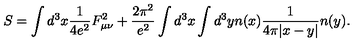
S = \int d ^ { 3 } x \frac { 1 } { 4 e ^ { 2 } } F _ { \mu \nu } ^ { 2 } + \frac { 2 \pi ^ { 2 } } { e ^ { 2 } } \int d ^ { 3 } x \int d ^ { 3 } y n ( x ) \frac { 1 } { 4 \pi | x - y | } n ( y ) .